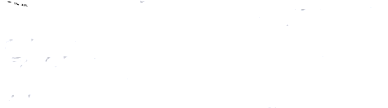
SPEED LIMIT 60